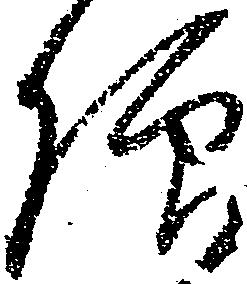
仰